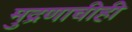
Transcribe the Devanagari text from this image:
मुद्रणाचीही